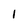
Character: 1